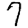
Digit: 7